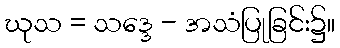
ဃုသ = သဒ္ဒေ - အသံပြုခြင်း၌။